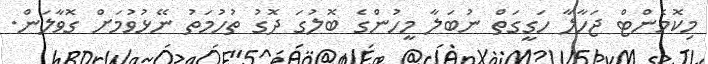
މިކޮމެންޓް ޖަހާލާ ހަގީގަތް ނުބަލާ މީހުންގެ ބޮލުގަ ދޮގު ތުހުމަތު ނޭޅުވުމަށް ގޮވާލަން.